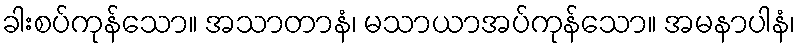
ခါးစပ်ကုန်သော။ အသာတာနံ၊ မသာယာအပ်ကုန်သော။ အမနာပါနံ၊